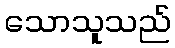
သောသူသည်